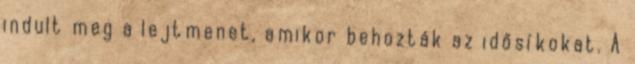
indult meg a lejtmenet, amikor behozták az idősíkokat. A